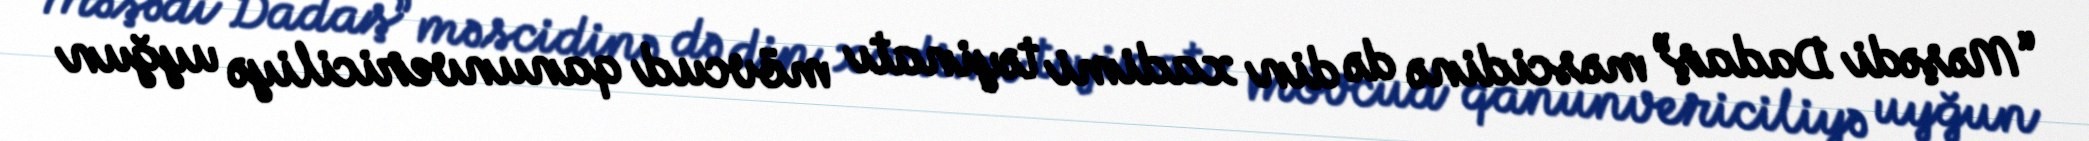
“Məşədi Dadaş” məscidinə də din xadimi təyinatı mövcud qanunvericiliyə uyğun